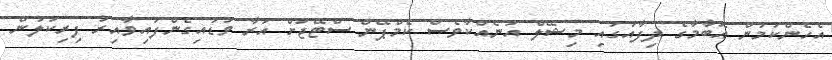
އެހެންކަމުން އޮބާމާގެ ދިފާއުގައި މިޝޭލް އަނެއްކާވެސް ކެމްޕޭން ސްޓޭޖަށް އަރާ ވަޑައިގެންފައިވާއިރު ފިރިކަލުން